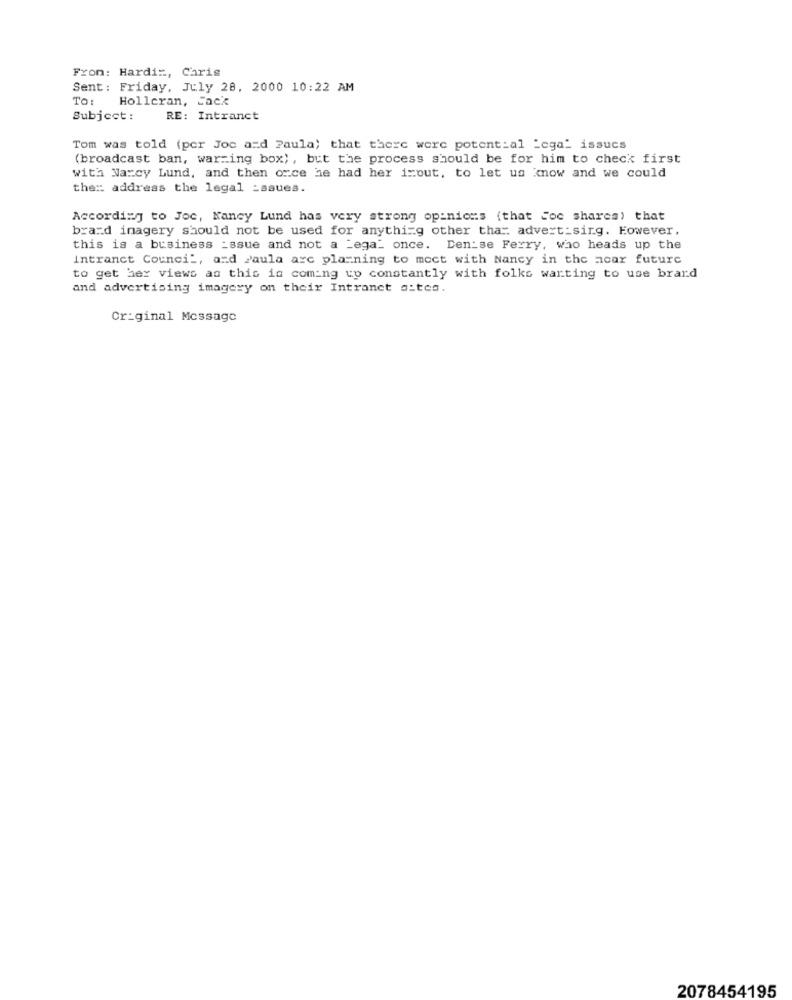
From: Hardis, Chris
Sent: Friday, July 28, 2000 10:22 AM
TO:
Holleran, Jack
Subject:
RE: Intranct
Tom was told (por Joc and Paula) that there were potential Legal issues
(broadcast ban, warming box), but the process should be for him to check first
with Narcy Lund, and then oxce he had her isout, to let us know and we could
the :: address the legal _saues.
According to Joc, Nancy Lund has very strong opinions (that Coc shares) that
brand inagery should not be used for anything other that advertising. However.
this is a business _ssue and not a Legal once. Den-se Ferry, who heads up the
Intranet Council, and Paula are planning to moct with Nancy in the acar future
to get her views as this is coming up constantly with folks wanting to use brand
and advertising imagery on their Intranet a:tes.
Original Message
2078454195